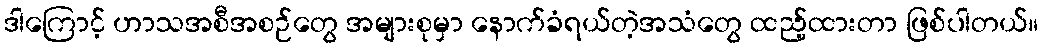
ဒါကြောင့် ဟာသအစီအစဉ်တွေ အများစုမှာ နောက်ခံရယ်တဲ့အသံတွေ ထည့်ထားတာ ဖြစ်ပါတယ်။